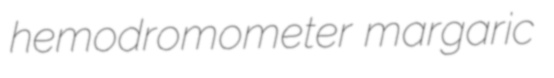
hemodromometer margaric